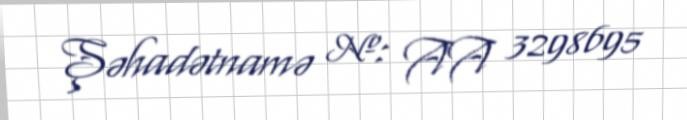
Şəhadətnamə №: AA 3298695